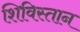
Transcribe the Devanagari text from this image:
शिविस्तान